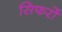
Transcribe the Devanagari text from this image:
सिफरों